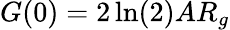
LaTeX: G(0)=2\ln(2)AR_{g}